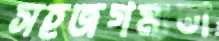
সহজগম্যতা